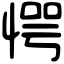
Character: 愕